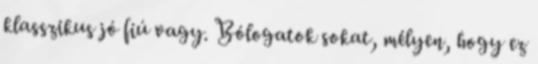
klasszikus jó fiú vagy. Bólogatok sokat, mélyen, hogy ez